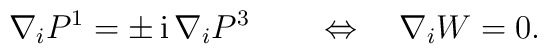
\nabla_i P^1 = \pm \, {\rm i}\, \nabla_i P^3 \qquad \Leftrightarrow     \quad \nabla_i W = 0.